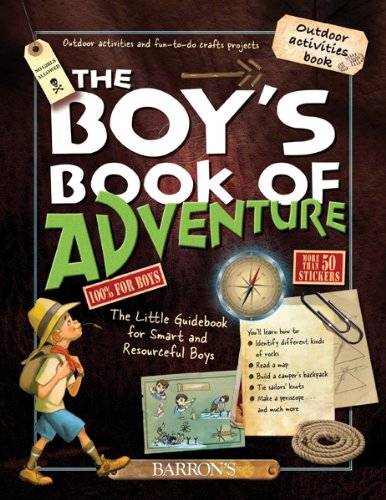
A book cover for The Boy's Book of Adventure: The Little Guidebook for Smart and Resourceful Boys; Michele Lecreux; Children's Books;